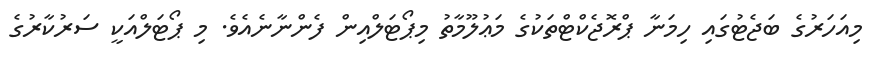
މިއަހަރުގެ ބަޖެޓުގައި ހިމަނާ ޕްރޮޖެކްޓްތަކުގެ މަޢުލޫމާތު މިޕޯޓަލްއިން ފެންނާނެއެވެ. މި ޕޯޓަލްއަކީ ސަރުކާރުގެ